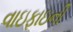
વાઇફાઇની